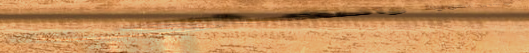
أجهزة تحضير القهوة والشاي